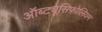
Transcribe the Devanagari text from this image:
ऑब्ट्यूसिफ़ोलियम